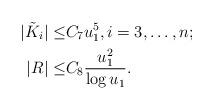
LaTeX: \begin{align*}|\tilde{K}_i|\leq& C_7u_1^5,i=3,\ldots,n;\\|R|\leq &C_8\frac{u_1^2}{\log u_1}.\end{align*}